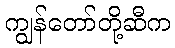
ကျွန်တော်တို့ဆီက